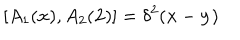
[ A _ { 1 } ( { \bf x } ) , A _ { 2 } ( { \bf 2 } ) ] = \delta ^ { 2 } ( { \bf x } - { \bf y } )